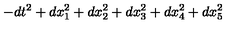
- d t ^ { 2 } + d x _ { 1 } ^ { 2 } + d x _ { 2 } ^ { 2 } + d x _ { 3 } ^ { 2 } + d x _ { 4 } ^ { 2 } + d x _ { 5 } ^ { 2 }